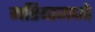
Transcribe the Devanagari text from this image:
मरियामध्ये